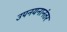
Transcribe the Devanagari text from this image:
उपनयनानंतर